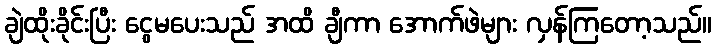
ချဲထိုးခိုင်းပြီး ငွေမပေးသည် အထိ ချီကာ အောက်ဖဲများ လှန်ကြတော့သည်။